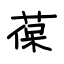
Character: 葆